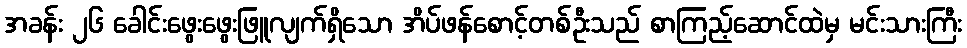
အခန်း ၂၆ ခေါင်းဖွေးဖွေးဖြူလျက်ရှိသော အိပ်ဖန်စောင့်တစ်ဦးသည် စာကြည့်ဆောင်ထဲမှ မင်းသားကြီး